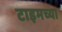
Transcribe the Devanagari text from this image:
टाइमच्या